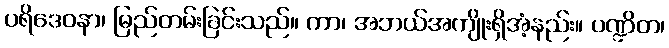
ပရိဒေဝနာ၊ မြည်တမ်းခြင်းသည်။ ကာ၊ အဘယ်အကျိုးရှိအံ့နည်း။ ပဏ္ဍိတ၊